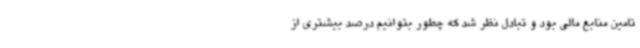
تامین منابع مالی بود و تبادل نظر شد که چطور بتوانیم درصد بیشتری از